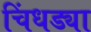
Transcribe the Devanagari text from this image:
चिंधड्या